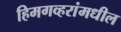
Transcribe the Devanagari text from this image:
हिमगव्हरांमधील